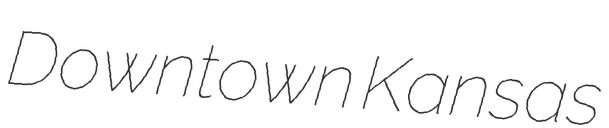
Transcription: Downtown Kansas